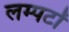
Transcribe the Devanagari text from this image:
लम्पटों